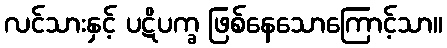
လင်သားနှင့် ပဋိပက္ခ ဖြစ်နေသောကြောင့်သာ။